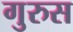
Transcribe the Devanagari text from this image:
गुरुस